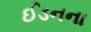
ઈડનના